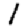
Digit: 1